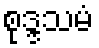
စုဒ္ဒသမံ